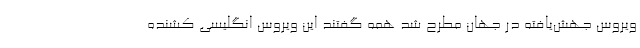
ویروس جهش‌یافته در جهان مطرح شد همه گفتند این ویروس انگلیسی کشنده